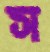
স